Report on lock hospitals in British Burma
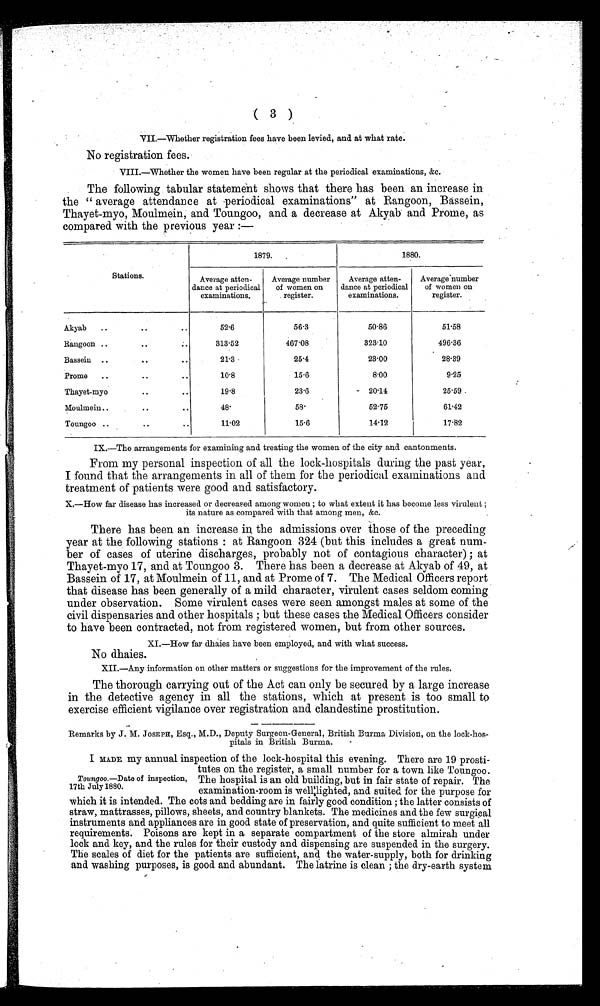
( 3 )
VII.—Whether registration fees have been levied, and at what rate.
No registration fees.
VIII.—Whether the women have been regular at the periodical examinations, &c.
The following tabular statement shows that there has been an increase in
the " average attendance at periodical examinations" at Rangoon, Bassein,
Thayet-myo, Moulmein, and Toungoo, and a decrease at Akyab and Prome, as
compared with the previous year :—
1879.
1880.
Stations.
Average atten-
dance at periodical
examinations.
Average number
of women on
register.
Average atten-
dance at periodical
examinations.
Average number
of women on
register.
Akyab
..
..
..
52.6
56.3
50.86
51.58
Rangoon ..
..
313.52
467.08
323.10
496.36
Bassein
..
..
..
21.3
25.4
23.00
28.39
Prome
..
..
..
10.8
15.6
8.00
9.25
Thayet-myo
..
..
19.8
23.6
20 .14
25.59
Moulmein..
..
48.
5 8 .
52.75
61.42
Toungoo
..
..
11.02
15.6
14.12
17.82
IX.—The arrangements for examining and. treating the women of the city and cantonments.
From my personal inspection of all the lock-hospitals during the past year,
I found that the arrangements in all of them for the periodical examinations and
treatment of patients were good and satisfactory.
X.—How far disease has increased or decreased among women ; to what extent it has become less virulent ;
its nature as compared with that among men, &c.
There has been an increase in the admissions over those of the preceding
year at the following stations : at Rangoon 324 (but this includes a great num
ber of cases of uterine discharges, probably not of contagious character) ; at
Thayet-myo 17, and at Toungoo 3. There has been a decrease at Akyab of 49, at
Bassein of 17, at Moulmein of 11, and at Prome of 7. The Medical Officers report
that disease has been generally of a mild character, virulent cases seldom coming
under observation. Some virulent cases were seen amongst males at some of the
civil dispensaries and other hospitals ; but these cases the Medical Officers consider
to have been contracted. not from registered women, but from other sources.
XI.—How far dhaies have been employed, and with what success.
No dhaies.
XII—Any information on other matters or suggestions for the im provement of the rules.
The thorough carrying out of the Act can only be secured by a large increase
in the detective agency in all the stations, which at present is too small to
exercise efficient vigilance over registration and clandestine prostitution.
Remarks by J. M. JOSEPH, Esq., M.D., Deputy Surgeon-General, British Burma Division, on the lock-hos-
pitals in British Burma.
I MADE my annual inspection of the lock-hospital this evening. There are 19 prosti-
tutes on the register, a small number for a town like Toungoo.
The hospital is an old building, but in fair state of repair. The
examination-room is well lighted, and suited for the purpose for
which it is intended. The cots and bedding are in fairly good condition ; the latter consists of
straw, mattrasses, pillows, sheets, and country blankets. The medicines and the few surgical
instruments and appliances are in good state of preservation, and quite sufficient to meet all
requirements. Poisons are kept in a separate compartment of the store almirah under
lock and key, and the rules for their custody and dispensing are suspended in the surgery.
The scales of diet for the patients are sufficient, and the water-supply, both for drinking
and washing purposes, is good and abundant. The latrine is clean ; the dry-earth system
Toungoo.—Date of inspection,
17th July 1880.